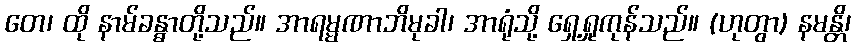
တေ၊ ထို နာမ်ခန္ဓာတို့သည်။ အာရမ္မဏာဘိမုခါ၊ အာရုံသို့ ရှေ့ရှုကုန်သည်။ (ဟုတွာ) နမန္တိ၊